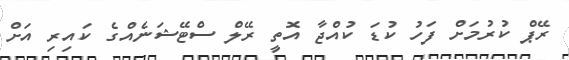
ރޭޕް ކުރުމަށް ފަހު ކުޑަ ކުއްޖާ އޮތީ ރޭލް ސްޓޭޝަނެއްގެ ކައިރި އަށް